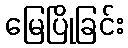
မြေပြိုခြင်း